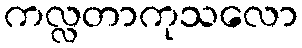
ကလ္လတာကုသလော